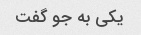
یکی به جو گفت